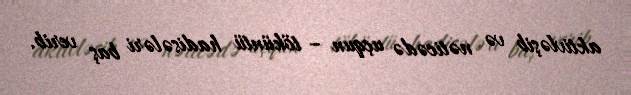
aktivləşib və nəticədə uçqun – töküntü hadisələri baş verib.